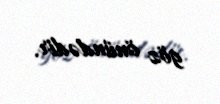
göz önündədir.